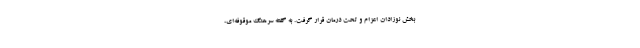
بخش نوزادان اعزام و تحت درمان قرار گرفت. به گفته سرهنگ موقوفه‌ای،